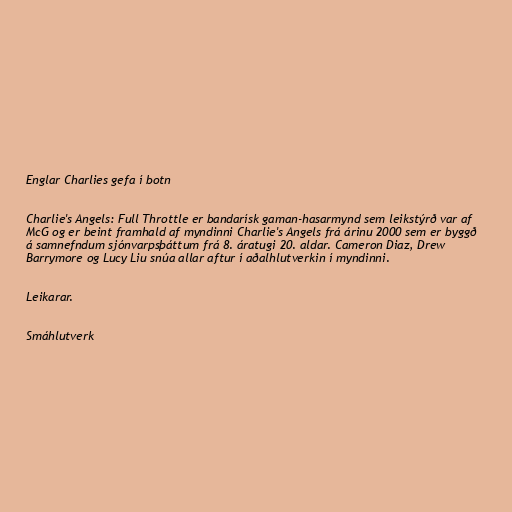
Englar Charlies gefa í botn

Charlie's Angels: Full Throttle er bandarísk gaman-hasarmynd sem leikstýrð var af
McG og er beint framhald af myndinni Charlie's Angels frá árinu 2000 sem er byggð
á samnefndum sjónvarpsþáttum frá 8. áratugi 20. aldar. Cameron Diaz, Drew
Barrymore og Lucy Liu snúa allar aftur í aðalhlutverkin í myndinni.

Leikarar.

Smáhlutverk